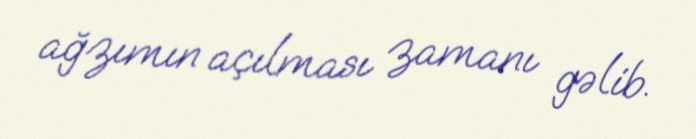
ağzımın açılması zamanı gəlib.